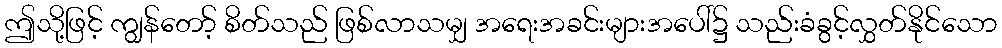
ဤသို့ဖြင့် ကျွန်တော့် စိတ်သည် ဖြစ်လာသမျှ အရေးအခင်းများအပေါ်၌ သည်းခံခွင့်လွှတ်နိုင်သော